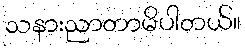
သနားညာတာမိပါတယ်။